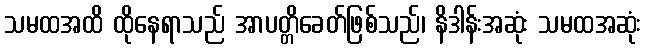
သမထအထိ ထိုနေရာသည် အာပတ္တိခေတ်ဖြစ်သည်၊ နိဒါန်းအဆုံး သမထအဆုံး